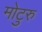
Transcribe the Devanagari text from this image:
मोटुरु